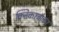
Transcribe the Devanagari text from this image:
क्निकरबोकर